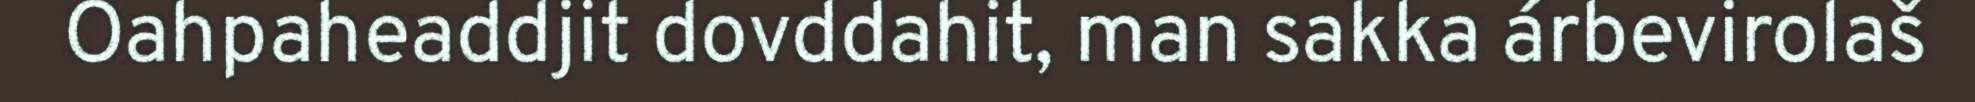
Oahpaheaddjit dovddahit, man sakka árbevirolaš